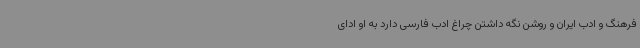
فرهنگ و ادب ایران و روشن نگه داشتن چراغ ادب فارسی دارد به او ادای